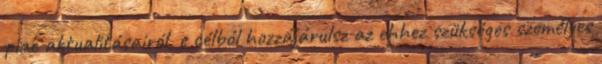
piac aktualitásairól, e célból hozzájárulsz az ehhez szükséges személyes